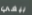
بيغي